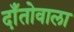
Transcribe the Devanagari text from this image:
दाँतोवाला